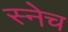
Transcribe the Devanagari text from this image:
स्नेच